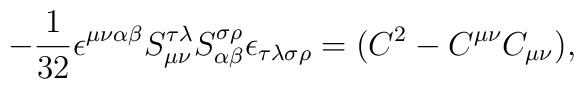
-\frac 1{32}\epsilon ^{\mu \nu \alpha \beta }{}S_{\mu \nu }^{\tau \lambda}{}S_{\alpha \beta }^{\sigma \rho }{}\epsilon _{\tau \lambda \sigma \rho}=(C^2-C^{\mu \nu }C_{\mu \nu }),